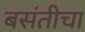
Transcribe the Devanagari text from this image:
बसंतीचा